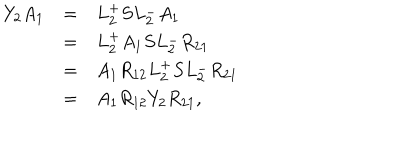
\begin{array} { r c l } { { Y _ { 2 } A _ { 1 } } } & { { = } } & { { L _ { 2 } ^ { + } S L _ { 2 } ^ { - } A _ { 1 } } } \\ { { } } & { { = } } & { { L _ { 2 } ^ { + } A _ { 1 } S L _ { 2 } ^ { - } R _ { 2 1 } } } \\ { { } } & { { = } } & { { A _ { 1 } R _ { 1 2 } L _ { 2 } ^ { + } S L _ { 2 } ^ { - } R _ { 2 1 } } } \\ { { } } & { { = } } & { { A _ { 1 } R _ { 1 2 } Y _ { 2 } R _ { 2 1 } , } } \\ \end{array}